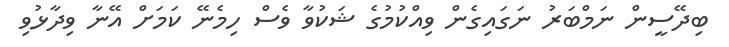
ބިދޭސީން ނަމްބަރު ނަގައިގެން ވިއްކުމުގެ ޝަކުވާ ވެސް ހިމެނޭ ކަމަށް އޭނާ ވިދާޅުވި